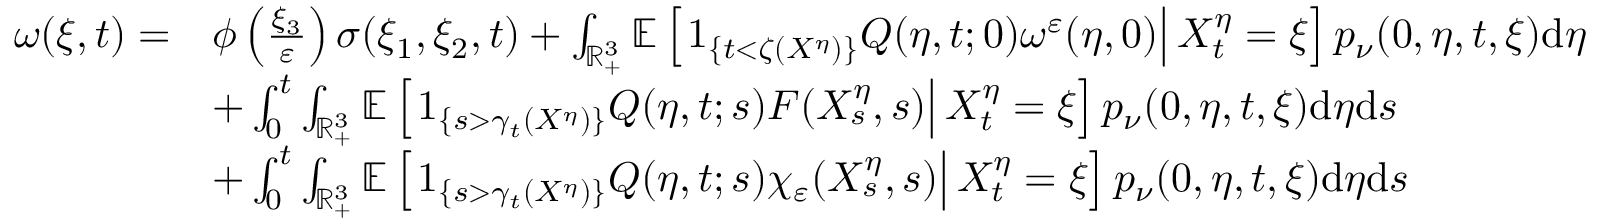
\begin{array} { r l } { \omega ( \xi , t ) = } & { \phi \left( \frac { \xi _ { 3 } } { \varepsilon } \right) \sigma ( \xi _ { 1 } , \xi _ { 2 } , t ) + \int _ { \mathbb { R } _ { + } ^ { 3 } } \mathbb { E } \left[ \left. 1 _ { \{ t < \zeta ( X ^ { \eta } ) \} } Q ( \eta , t ; 0 ) \omega ^ { \varepsilon } ( \eta , 0 ) \right| X _ { t } ^ { \eta } = \xi \right] p _ { \nu } ( 0 , \eta , t , \xi ) \mathrm { d } \eta } \\ & { + \int _ { 0 } ^ { t } \int _ { \mathbb { R } _ { + } ^ { 3 } } \mathbb { E } \left[ \left. 1 _ { \left\{ s > \gamma _ { t } ( X ^ { \eta } ) \right\} } Q ( \eta , t ; s ) F ( X _ { s } ^ { \eta } , s ) \right| X _ { t } ^ { \eta } = \xi \right] p _ { \nu } ( 0 , \eta , t , \xi ) \mathrm { d } \eta \mathrm { d } s } \\ & { + \int _ { 0 } ^ { t } \int _ { \mathbb { R } _ { + } ^ { 3 } } \mathbb { E } \left[ \left. 1 _ { \left\{ s > \gamma _ { t } ( X ^ { \eta } ) \right\} } Q ( \eta , t ; s ) \chi _ { \varepsilon } ( X _ { s } ^ { \eta } , s ) \right| X _ { t } ^ { \eta } = \xi \right] p _ { \nu } ( 0 , \eta , t , \xi ) \mathrm { d } \eta \mathrm { d } s } \end{array}